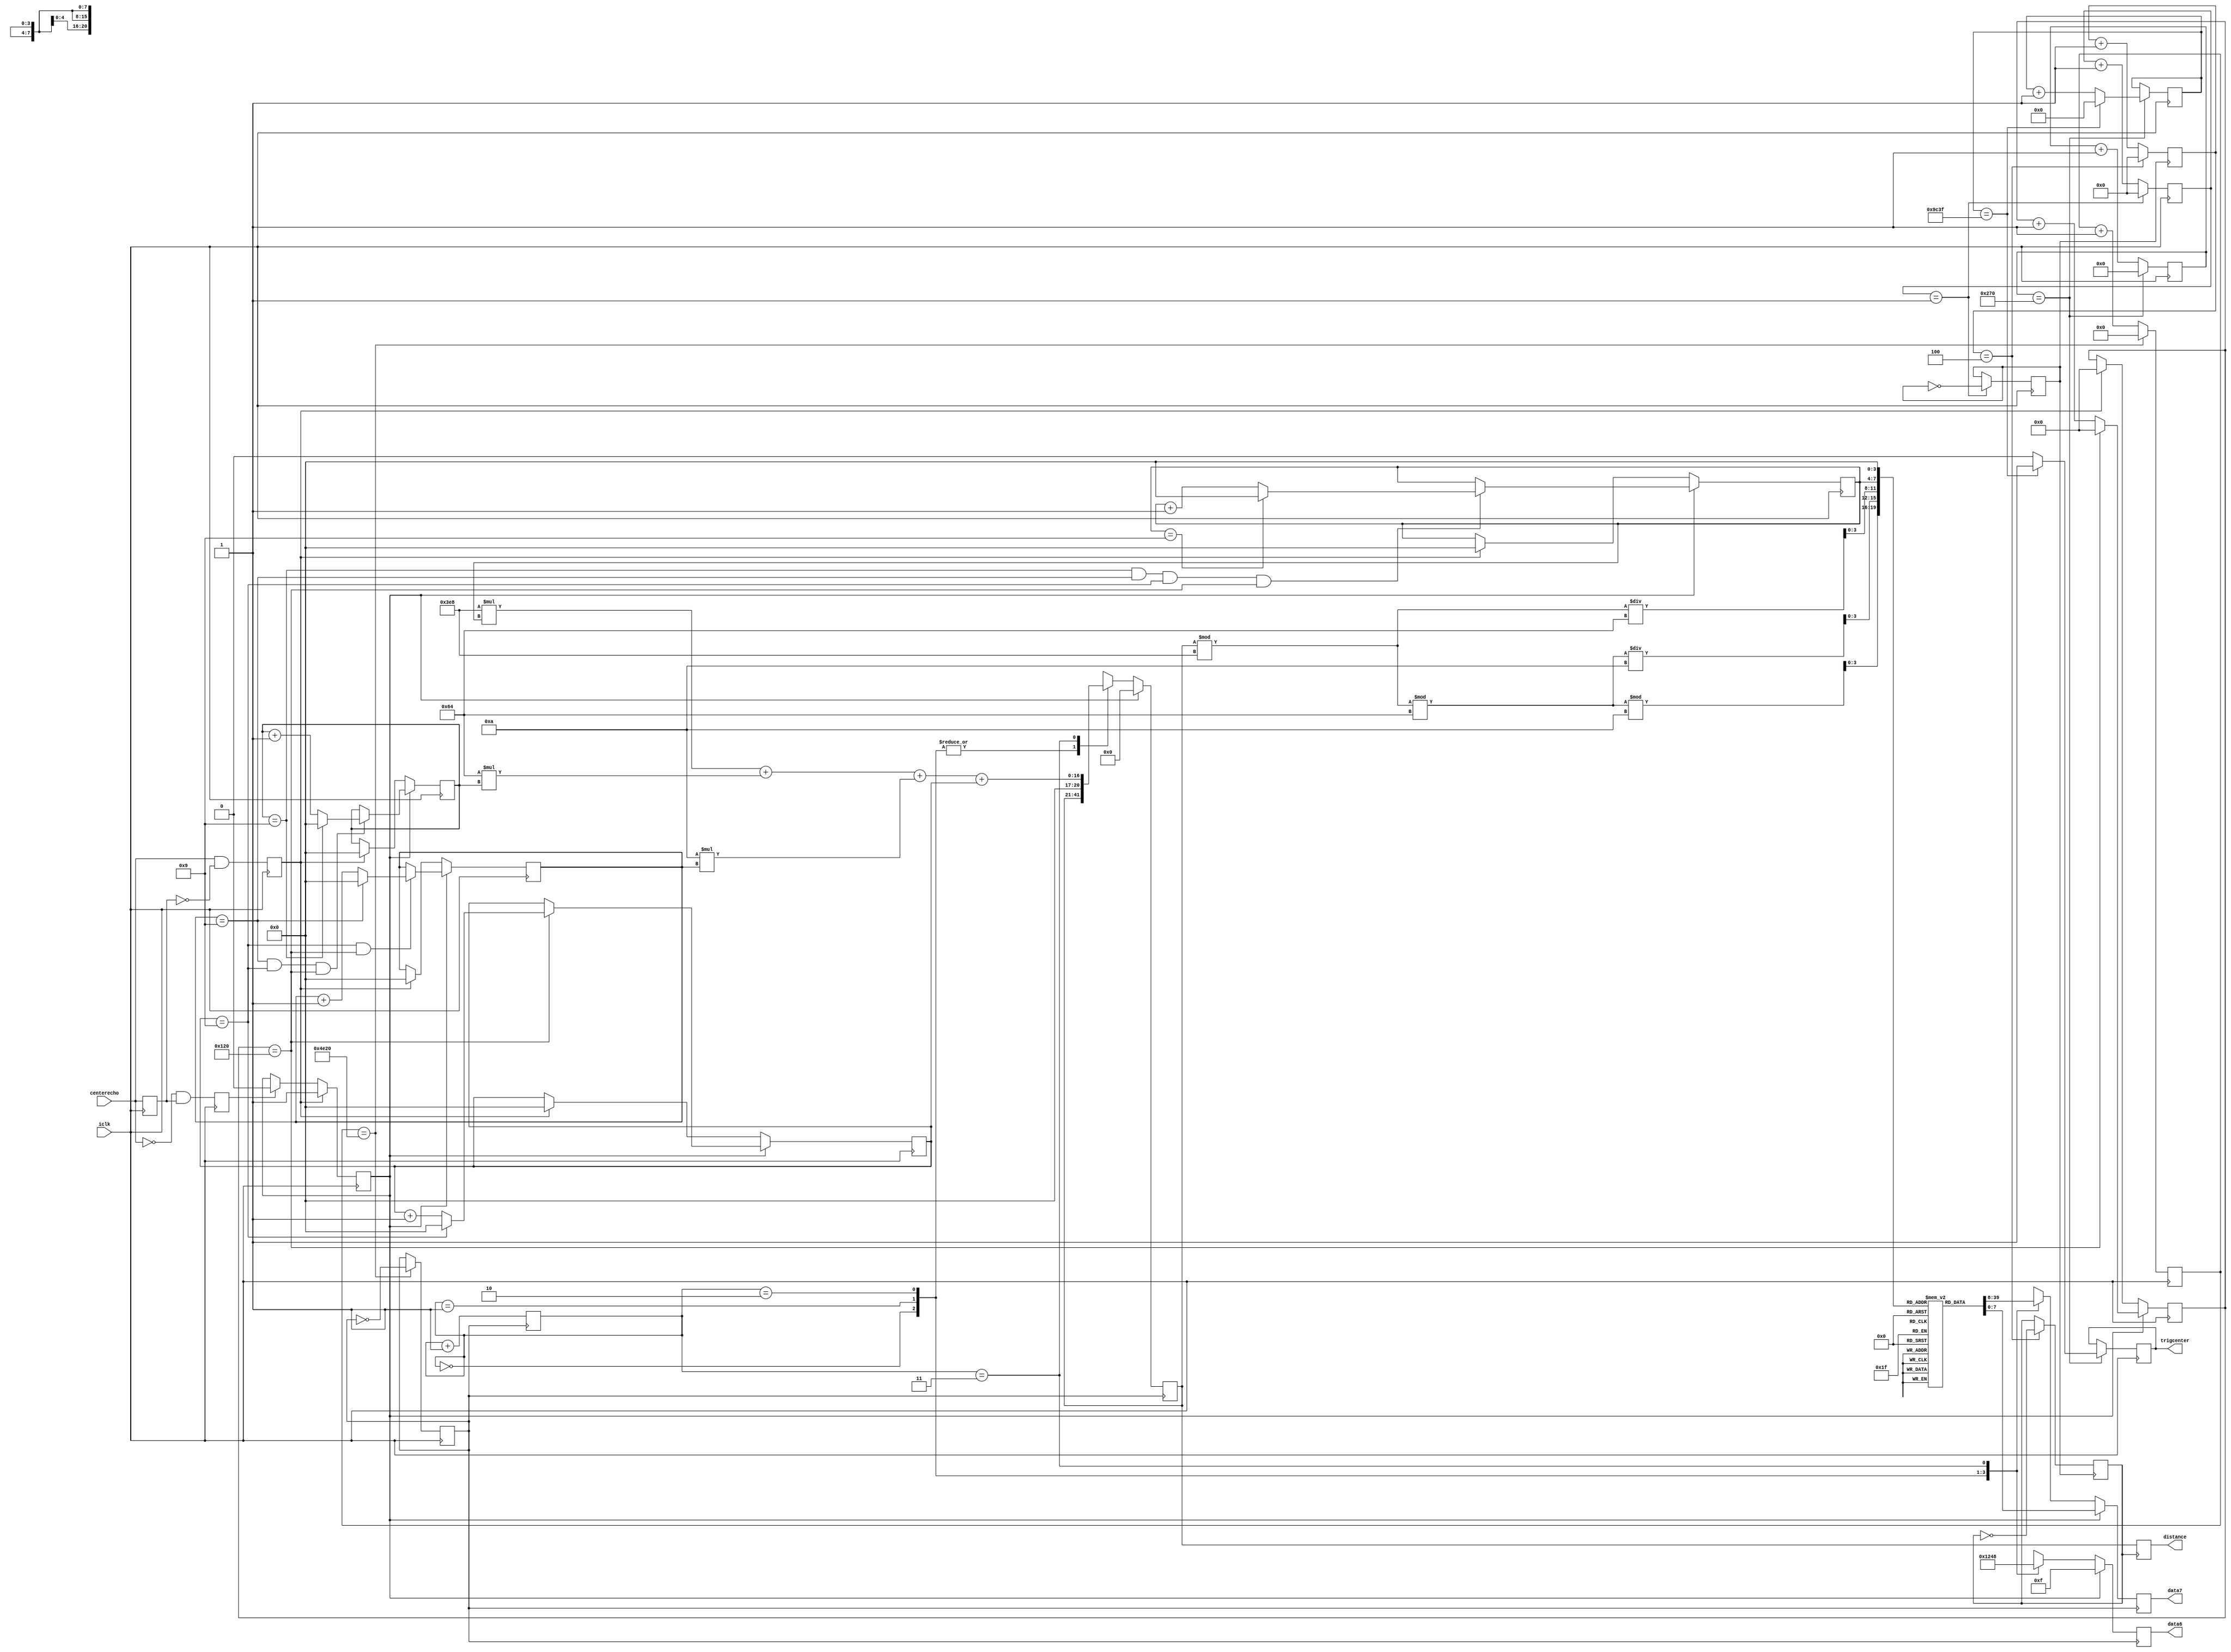
module ultrasonic_new(iclk,trigcenter,centerecho,data6,data7,distance);

input iclk,centerecho;
output trigcenter;
output [3:0]data6;
output [7:0]data7;
reg trigcenter;
reg [20:0]centerdistance;
output reg [20:0]distance;

reg [9:0]cnt;              //62520ns12.5usecho
reg [16:0] cnt1;           //800012.5us100ms

reg [10:0]cntcenter3;			

reg [7:0] dis[9:0];        //
reg [3:0]                  //
datacenter1,
datacenter2,
datacenter3,
datacenter4;
reg [3:0]data6;             //
reg [7:0]data7;            //
reg flag2;
reg[1:0]cnt4;              //
reg 
echo_buf_center,                  
echo_rising_center,               
echo_falling_center;


reg             
flagcenter1;                     //echoflag110
reg clk;                   //
reg[19:0] cnt5;             //
reg clk2;
reg [3:0] qian,bai,shi,ge;
reg [12:0]cnt61,cnt62;
reg clk61,clk62;
reg [20:0] distancebefore1,distancebefore2;
//
initial
begin
dis[0] = 8'b11111100;
dis[1] = 8'b01100000;
dis[2] = 8'b11011010;
dis[3] = 8'b11110010;
dis[4] = 8'b01100110;
dis[5] = 8'b10110110;
dis[6] = 8'b10111110;
dis[7] = 8'b11100000;
dis[8] = 8'b11111110;
dis[9] = 8'b11110110;
end

always @(posedge iclk)
	 begin
	 cnt61 <= cnt61 + 1;
	 if(cnt61 == 1)
		begin
		clk61 <= ~clk61;
		cnt61 <= 0;
		end
	 end
always @(posedge clk61)
	 begin
	 cnt62 <= cnt62 + 1;
	 if(cnt62 == 4)
		begin
		clk62 <= ~clk62;
		cnt62 <= 0;
		end
	 end
	 
always @(posedge clk62)
	 begin
	 distance <= centerdistance;
	 /*if(flag2 == 1'b0)
		begin
		distancebefore1 <= centerdistance;
		if(((distancebefore2 < distancebefore1) &&(distancebefore2 > distancebefore1 - 10)) 
		|| ((distancebefore2 > distancebefore1) &&(distancebefore2 < distancebefore1 + 10)))
			begin
			distance <= distancebefore1;
			flag2 <= 1'b1;
			end
		else
			begin
			distance <= distancebefore2;
			flag2 <= 1'b1;
			end
		end
	 else
		begin
		distancebefore2 <= centerdistance;
		if(((distancebefore2 < distancebefore1) &&(distancebefore2 > distancebefore1 - 10)) 
		|| ((distancebefore2 > distancebefore1) &&(distancebefore2 < distancebefore1 + 10)))
			begin
			distance <= distancebefore2;
			flag2 <= 1'b0;
			end
		else
			begin
			distance <= distancebefore1;
			flag2 <= 1'b0;
			end
		end*/
	 end



//echo625*8000*20nsecho12.5us625
always@(posedge iclk)                   
	begin
		if(cnt == 624)
			cnt <= 1'b0;
		else
			cnt <= cnt +1;
	end

	
always@(posedge iclk)
	begin
		if(cnt == 624)
			if(cnt1 == 39999)
				begin
				trigcenter <= 1'b1;
				cnt1 <= 1'b0;
				end
			else
				begin
				trigcenter <= 1'b0;
				cnt1 <= cnt1 + 1'b1;
				end
	end

always@(posedge iclk)
begin 
echo_buf_center <= centerecho;
echo_rising_center <= centerecho & (~echo_buf_center);
echo_falling_center <= (~centerecho) & echo_buf_center;
end
always@(posedge iclk)
begin
if(echo_rising_center == 1'b1)
begin
flagcenter1 = 1'b1;                       //echo
end
else if(echo_falling_center == 1'b1)
begin
flagcenter1 = 1'b0;                       //echo
end
end

/////////////////////////////////////////////////////////////////
always@(posedge iclk)
begin
if(flagcenter1 == 1'b1)
begin
if(cntcenter3 == 288)                     //1mm
cntcenter3 <= 1'b0;
else
cntcenter3 <= cntcenter3 + 1'b1;
end 
else if(echo_rising_center == 1'b1)
cntcenter3 <= 1'b0;
end

always@(posedge iclk)
begin
if(flagcenter1 == 1'b1)
begin
if(cntcenter3 == 288)
if(datacenter1 == 9)                      //1cm
datacenter1 <= 4'd0;
else 
datacenter1 <= datacenter1 + 1'b1;
end
else if(echo_rising_center == 1'b1)
datacenter1 <= 1'b0;
end

always@(posedge iclk)
begin
if(flagcenter1 == 1'b1)
begin
if(datacenter1 == 9 && cntcenter3 == 288)
if(datacenter2 == 9)                     //1dm
datacenter2 <= 1'b0;
else
datacenter2 <= datacenter2 + 1'b1;
end
else if(echo_rising_center == 1'b1)
datacenter2 <= 1'b0;
end

always@(posedge iclk)
begin
if(flagcenter1 == 1'b1)
begin
if(datacenter2 == 9 && datacenter1 == 9 && cntcenter3 == 288)
if(datacenter3 == 9)                    //1m
datacenter3 <= 1'b0;
else
datacenter3 <= datacenter3 + 1'b1;
end
else if(echo_rising_center == 1'b1)
datacenter3 <= 1'b0;
end

always@(posedge iclk)
begin
if(flagcenter1 == 1'b1)
begin
if(datacenter3 == 9 && datacenter2 == 9 && datacenter1 == 9 && cntcenter3 == 288)
if(datacenter4 == 9)                     //4m
datacenter4 <= 1'b0;
else
datacenter4 <= datacenter4 + 1'b1;
end
else if(echo_rising_center == 1'b1)
datacenter4 <= 1'b0;
end


/////////////////////////////////////////////////////////////////

//
always@(posedge iclk)
begin
if(cnt5 == 20000)
begin
clk = ~clk;
cnt5 = 1'b0;
end
else
cnt5 = cnt5 + 1'b1;
end

//00-11
always@(posedge clk)
begin
cnt4 = cnt4 + 1'b1;
end

 
//
//4
always@(posedge clk)
begin
	if(flagcenter1 == 1'b0)
	begin
		case(cnt4)
		2'b00:
			begin
			ge = ((centerdistance % 1000) % 100) % 10;
			data7 = dis[ge];
			data6 = 6'b0001;
			end
		2'b01:
			begin
			shi = ((centerdistance % 1000) % 100)/10;
			data7 = dis[shi];
			data6 = 6'b0010;
			end
		2'b10: 
			begin
			bai = (centerdistance % 1000)/100;
			data7 = dis[bai];
			data6 = 6'b0100;
			end
		2'b11:
			begin
			centerdistance = 1000 * datacenter4 + 100 * datacenter3 + 10 * datacenter2 + datacenter1;
			data7 = dis[datacenter4];
			data6 = 6'b1000;
			end
		default: ;
		endcase
	end
	else 
		begin
		data7 = dis[0];
		data6 = 4'b1111;
		centerdistance <= 0;
		end
end

endmodule